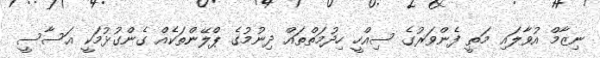
ނިޒާމް އުވާލައި މަތީ ފެންވަރުގެ ސިއްހީ ހިދުމަތްތައް ދިނުމުގެ ޕްލޭންތަކެއް ގެންގުޅުމަކީ އަސާސީ